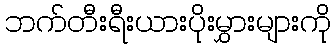
ဘက်တီးရီးယားပိုးမွှားများကို